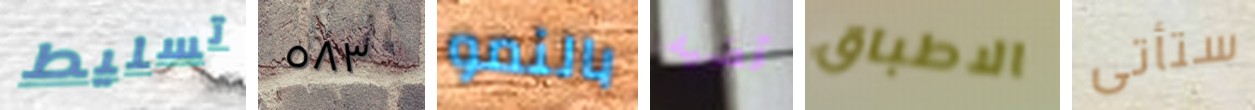
تسليط ٥٨٣ بالنمو قضيه الاطباق ستأتى